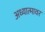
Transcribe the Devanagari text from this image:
अध्यात्मावर